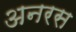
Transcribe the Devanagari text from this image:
अनरस